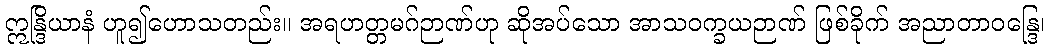
ဣန္ဒြိယာနံ ဟူ၍ဟောသတည်း။ အရဟတ္တမဂ်ဉာဏ်ဟု ဆိုအပ်သော အာသဝက္ခယဉာဏ် ဖြစ်ခိုက် အညာတာဝန္ဒြေ၊